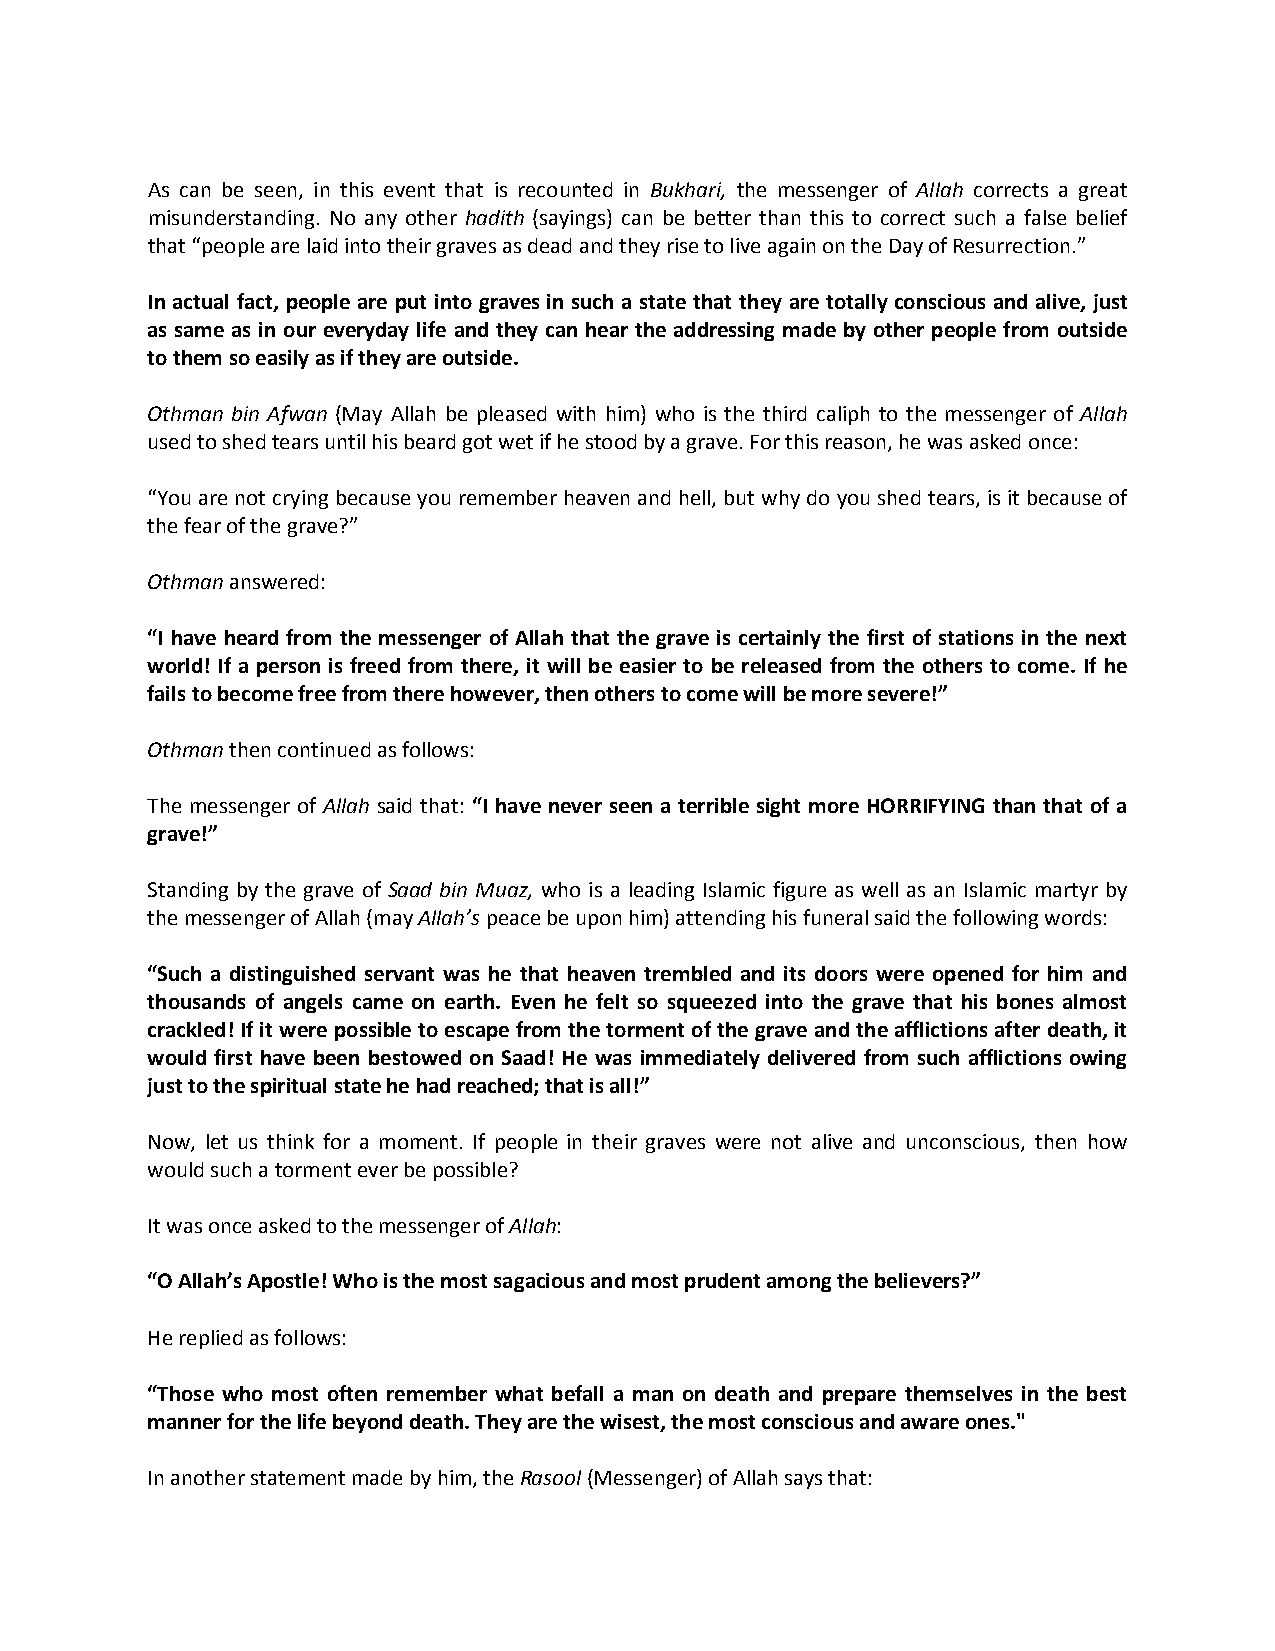
As can be seen, in this event that is recounted in Bukhari, the messenger of Allah corrects a great
 misunderstanding. No any other hadith (sayings) can be better than this to correct such a false belief
 that “people are laid into their graves as dead and they rise to live again on the Day of Resurrection.”
 In actual fact, people are put into graves in such a state that they are totally conscious and alive, just
 as same as in our everyday life and they can hear the addressing made by other people from outside
 to them so easily as if they are outside.
 Othman bin Afwan (May Allah be pleased with him) who is the third caliph to the messenger of Allah
 used to shed tears until his beard got wet if he stood by a grave. For this reason, he was asked once:
 “You are not crying because you remember heaven and hell, but why do you shed tears, is it because of
 the fear of the grave?”
 Othman answered:
 “I have heard from the messenger of Allah that the grave is certainly the first of stations in the next
 world! If a person is freed from there, it will be easier to be released from the others to come. If he
 fails to become free from there however, then others to come will be more severe!”
 Othman then continued as follows:
 The messenger of Allah said that: “I have never seen a terrible sight more HORRIFYING than that of a
 grave!”
 Standing by the grave of Saad bin Muaz, who is a leading Islamic figure as well as an Islamic martyr by
 the messenger of Allah (may Allah’s peace be upon him) attending his funeral said the following words:
 “Such a distinguished servant was he that heaven trembled and its doors were opened for him and
 thousands of angels came on earth. Even he felt so squeezed into the grave that his bones almost
 crackled! If it were possible to escape from the torment of the grave and the afflictions after death, it
 would first have been bestowed on Saad! He was immediately delivered from such afflictions owing
 just to the spiritual state he had reached; that is all!”
 Now, let us think for a moment. If people in their graves were not alive and unconscious, then how
 would such a torment ever be possible?
 It was once asked to the messenger of Allah:
 “O Allah’s Apostle! Who is the most sagacious and most prudent among the believers?”
 He replied as follows:
 “Those who most often remember what befall a man on death and prepare themselves in the best
 manner for the life beyond death. They are the wisest, the most conscious and aware ones."
 In another statement made by him, the Rasool (Messenger) of Allah says that: